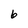
Character: 6